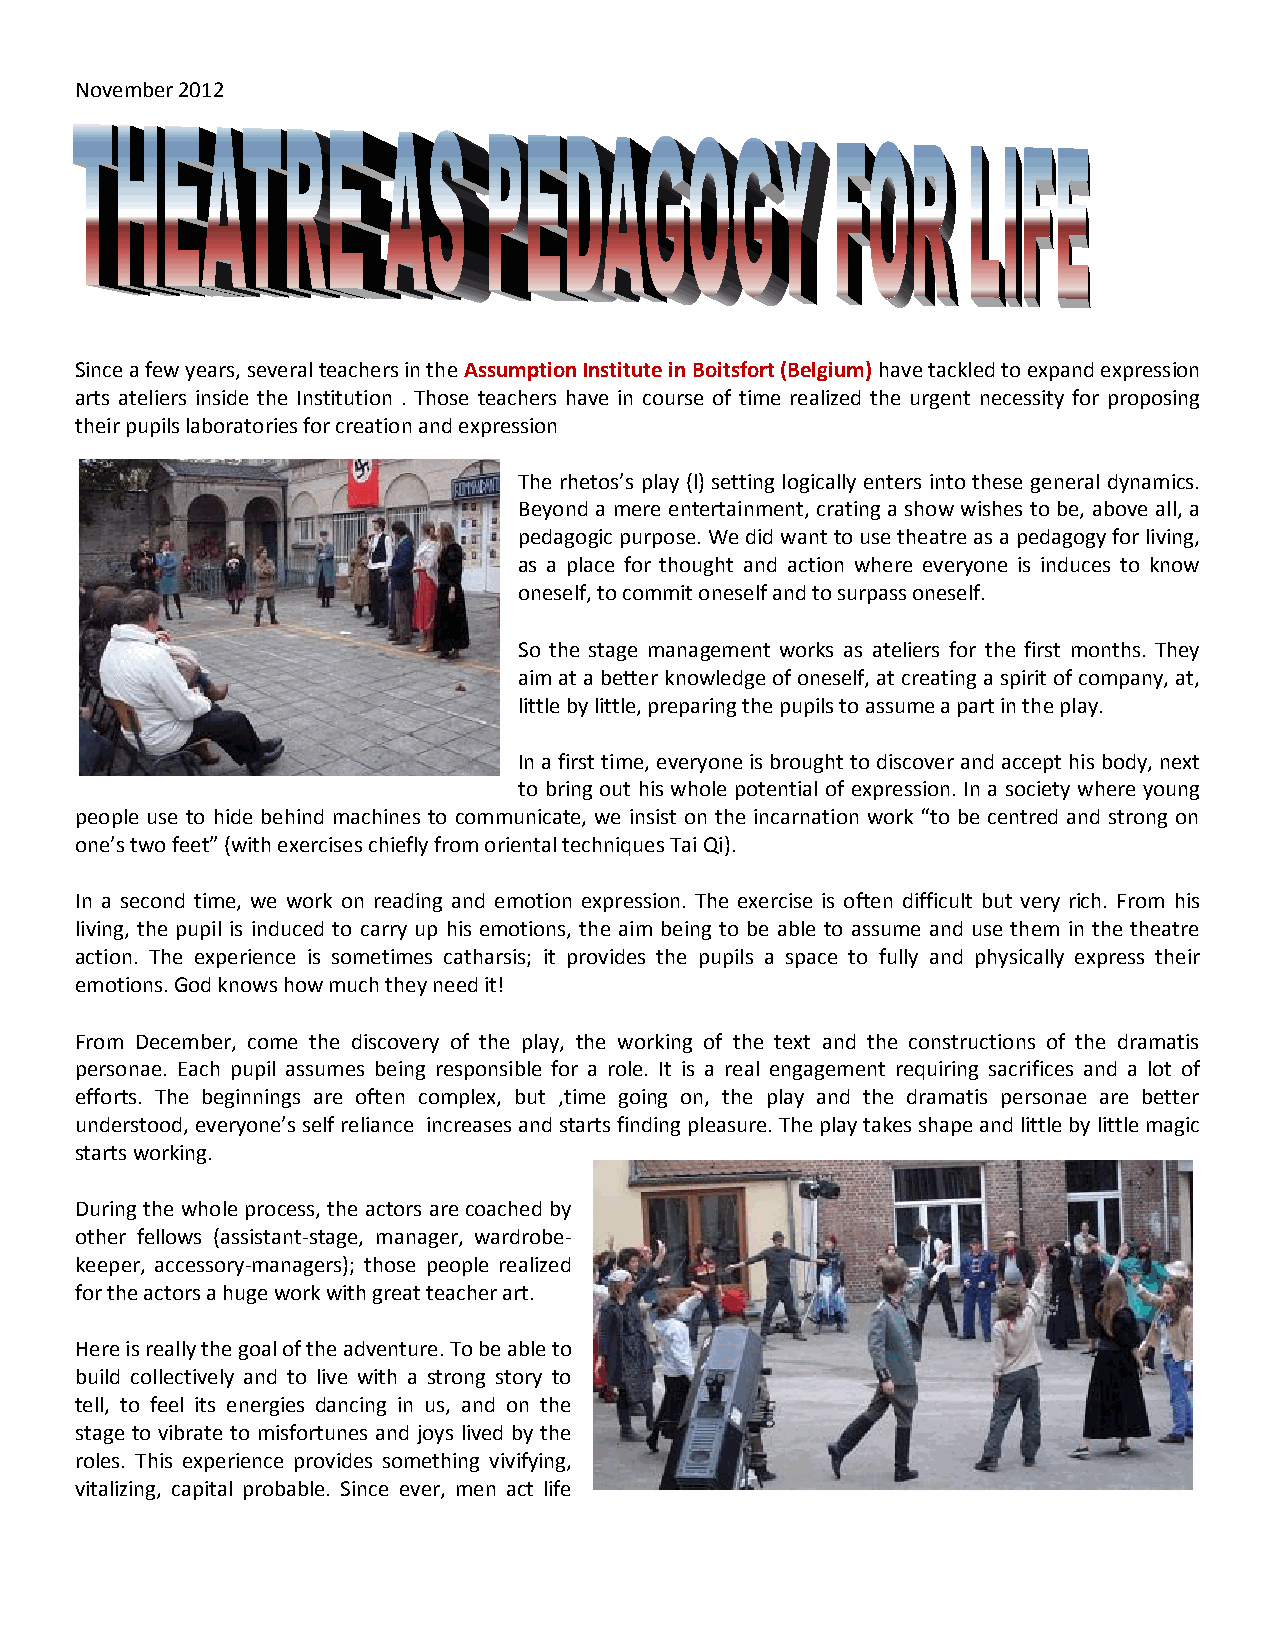
November 2012
 Since a few years, several teachers in the Assumption Institute in Boitsfort (Belgium) have tackled to expand expression
 arts ateliers inside the Institution . Those teachers have in course of time realized the urgent necessity for proposing
 their pupils laboratories for creation and expression
 The rhetos’s play (l) setting logically enters into these general dynamics.
 Beyond a mere entertainment, crating a show wishes to be, above all, a
 pedagogic purpose. We did want to use theatre as a pedagogy for living,
 as a place for thought and action where everyone is induces to know
 oneself, to commit oneself and to surpass oneself.
 So the stage management works as ateliers for the first months. They
 aim at a better knowledge of oneself, at creating a spirit of company, at,
 little by little, preparing the pupils to assume a part in the play.
 In a first time, everyone is brought to discover and accept his body, next
 to bring out his whole potential of expression. In a society where young
 people use to hide behind machines to communicate, we insist on the incarnation work “to be centred and strong on
 one’s two feet” (with exercises chiefly from oriental techniques Tai Qi).
 In a second time, we work on reading and emotion expression. The exercise is often difficult but very rich. From his
 living, the pupil is induced to carry up his emotions, the aim being to be able to assume and use them in the theatre
 action. The experience is sometimes catharsis; it provides the pupils a space to fully and physically express their
 emotions. God knows how much they need it!
 From December, come the discovery of the play, the working of the text and the constructions of the dramatis
 personae. Each pupil assumes being responsible for a role. It is a real engagement requiring sacrifices and a lot of
 efforts. The beginnings are often complex, but ,time going on, the play and the dramatis personae are better
 understood, everyone’s self reliance increases and starts finding pleasure. The play takes shape and little by little magic
 starts working.
 During the whole process, the actors are coached by
 other fellows (assistant-stage, manager, wardrobe-
 keeper, accessory-managers); those people realized
 for the actors a huge work with great teacher art.
 Here is really the goal of the adventure. To be able to
 build collectively and to live with a strong story to
 tell, to feel its energies dancing in us, and on the
 stage to vibrate to misfortunes and joys lived by the
 roles. This experience provides something vivifying,
 vitalizing, capital probable. Since ever, men act life